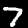
Label: 7